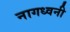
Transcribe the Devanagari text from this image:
नागध्वनी